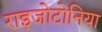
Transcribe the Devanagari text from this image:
राइजोटोनिया